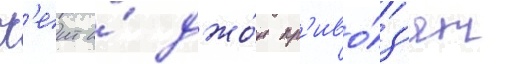
К'еит и́ джо́н пр'иво́з'ят